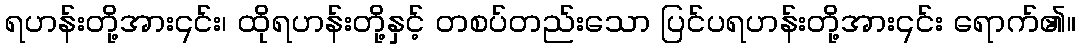
ရဟန်းတို့အား၎င်း၊ ထိုရဟန်းတို့နှင့် တစပ်တည်းသော ပြင်ပရဟန်းတို့အား၎င်း ရောက်၏။